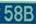
58b